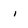
Character: i